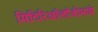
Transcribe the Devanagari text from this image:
मिटिरिऑलॉजीमध्ये